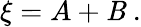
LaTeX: \xi=A+\mathit{B}\ .